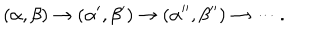
( \alpha , \beta ) \to ( \alpha ^ { \prime } , \beta ^ { \prime } ) \to ( \alpha ^ { \prime \prime } , \beta ^ { \prime \prime } ) \to \cdots .